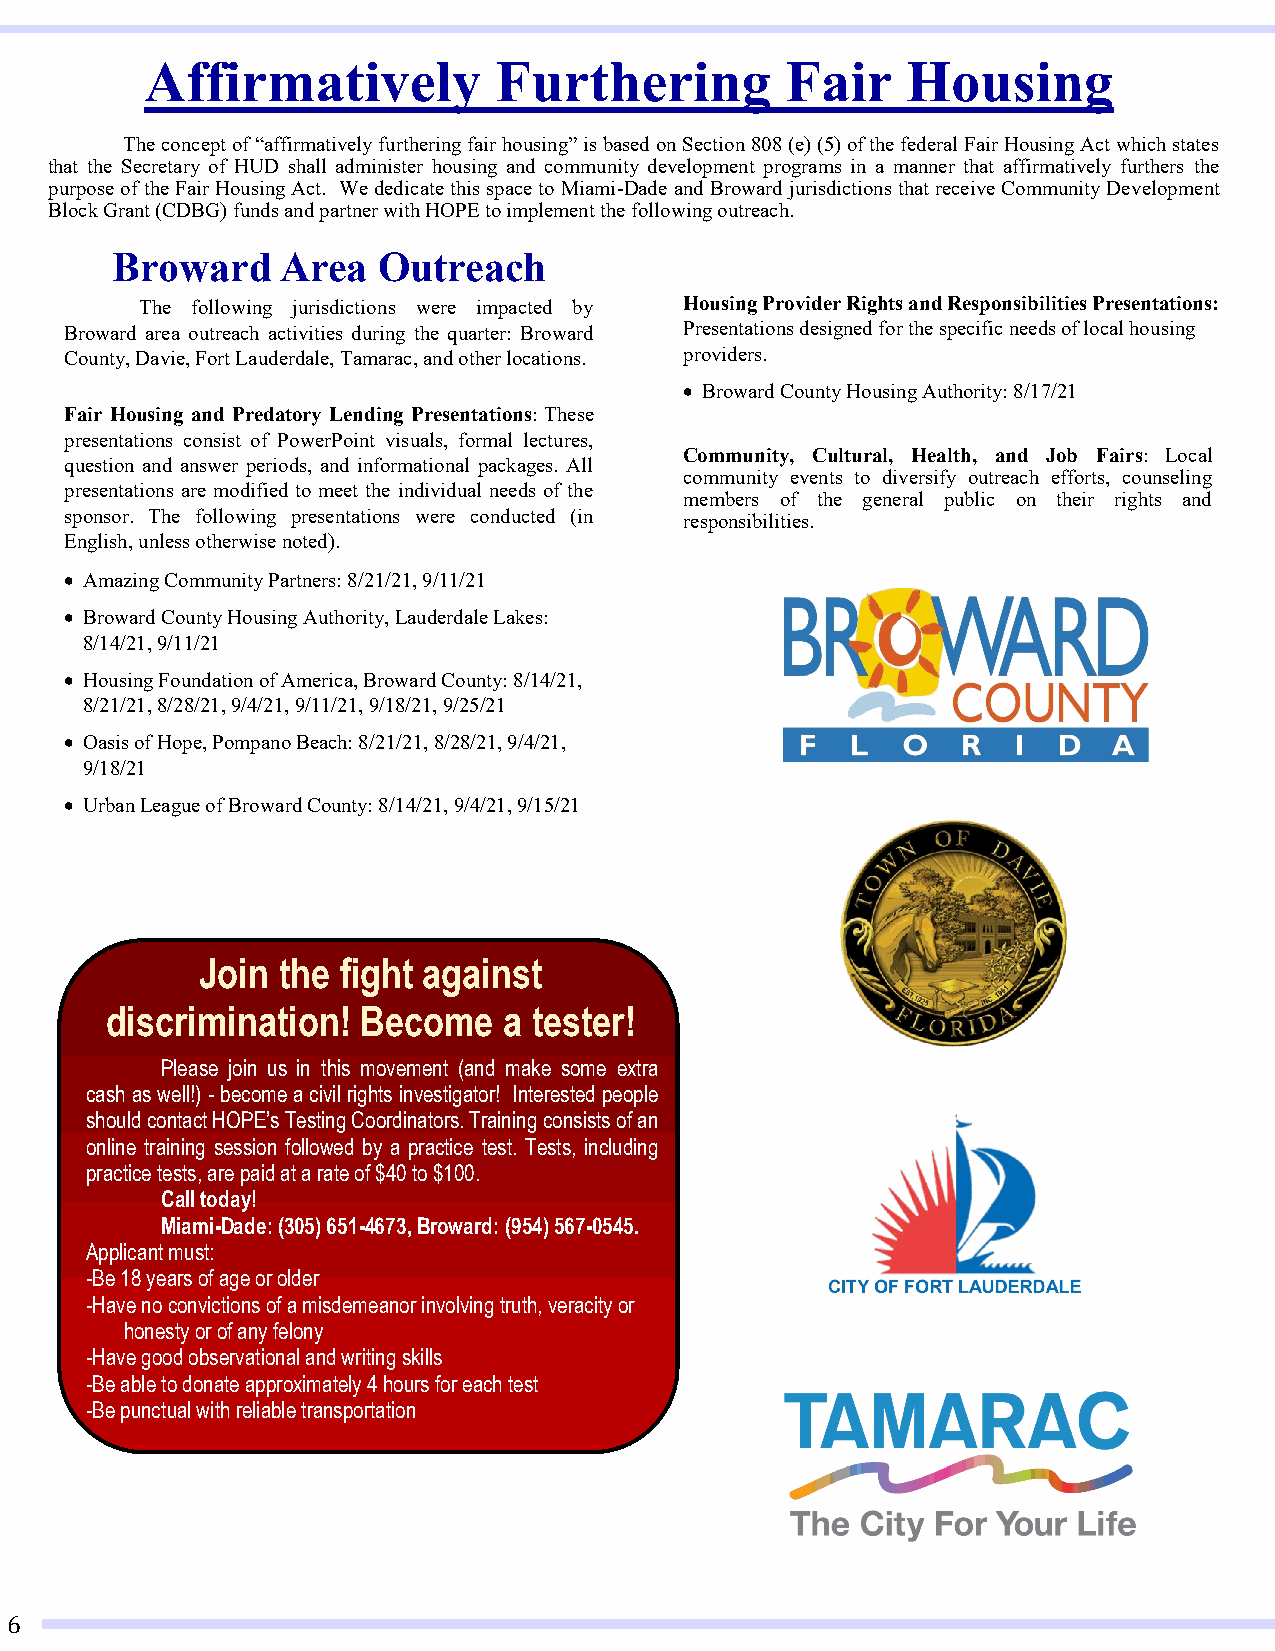
Affirmatively          Furthering         Fair    Housing
 The concept of “affirmatively furthering fair housing” is based on Section 808 (e) (5) of the federal Fair Housing Act which states
 that the Secretary of HUD shall administer housing and community development programs in a manner that affirmatively furthers the
 purpose of the Fair Housing Act. We dedicate this space to Miami-Dade and Broward jurisdictions that receive Community Development
 Block Grant (CDBG) funds and partner with HOPE to implement the following outreach.
 Broward     Area  Outreach
 The following jurisdictions were impacted by Housing Provider Rights and Responsibilities Presentations:
 Broward area outreach activities during the quarter: Broward Presentations designed for the specific needs of local housing
 County, Davie, Fort Lauderdale, Tamarac, and other locations. providers.
 • Broward County Housing Authority: 8/17/21
 Fair Housing and Predatory Lending Presentations: These
 presentations consist of PowerPoint visuals, formal lectures,
 Community, Cultural, Health, and Job Fairs: Local
 question and answer periods, and informational packages. All
 community events to diversify outreach efforts, counseling
 presentations are modified to meet the individual needs of the
 members of the general public on their rights and
 sponsor. The following presentations were conducted (in responsibilities.
 English, unless otherwise noted).
 • Amazing Community Partners: 8/21/21, 9/11/21
 • Broward County Housing Authority, Lauderdale Lakes:
 8/14/21, 9/11/21
 • Housing Foundation of America, Broward County: 8/14/21,
 8/21/21, 8/28/21, 9/4/21, 9/11/21, 9/18/21, 9/25/21
 • Oasis of Hope, Pompano Beach: 8/21/21, 8/28/21, 9/4/21,
 9/18/21
 • Urban League of Broward County: 8/14/21, 9/4/21, 9/15/21
 Join the fight against
 discrimination!  Become   a tester!
 Please join us in this movement (and make some extra
 cash as well!) - become a civil rights investigator! Interested people
 should contact HOPE’s Testing Coordinators. Training consists of an
 online training session followed by a practice test. Tests, including
 practice tests, are paid at a rate of $40 to $100.
 Call today!
 Miami-Dade: (305) 651-4673, Broward: (954) 567-0545.
 Applicant must:
 -Be 18 years of age or older
 -Have no convictions of a misdemeanor involving truth, veracity or
 honesty or of any felony
 -Have good observational and writing skills
 -Be able to donate approximately 4 hours for each test
 -Be punctual with reliable transportation
 6